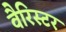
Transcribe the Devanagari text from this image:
वैरिस्टर